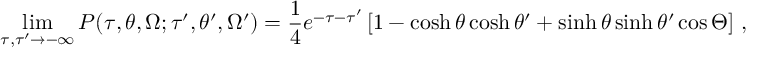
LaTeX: \operatorname * { l i m } _ { \tau , \tau ^ { \prime } \to - \infty } P ( \tau , \theta , \Omega ; \tau ^ { \prime } , \theta ^ { \prime } , \Omega ^ { \prime } ) = \frac 1 4 e ^ { - \tau - \tau ^ { \prime } } \left[ 1 - \cosh \theta \cosh \theta ^ { \prime } + \sinh \theta \sinh \theta ^ { \prime } \cos \Theta \right] \, ,